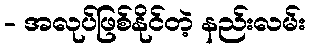
- အလုပ်ဖြစ်နိုင်တဲ့ နည်းလမ်း